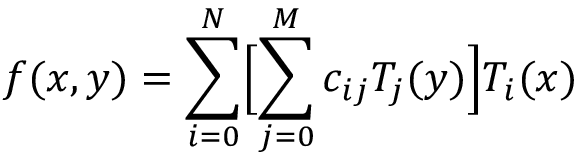
f ( x , y ) = \sum _ { i = 0 } ^ { N } \Bigl [ \sum _ { j = 0 } ^ { M } c _ { i j } T _ { j } ( y ) \Bigr ] T _ { i } ( x )